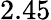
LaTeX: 2.45